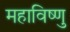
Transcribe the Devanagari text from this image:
महाविष्‍णु